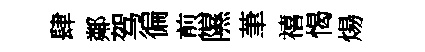
肆鄰驾徧煎隰茟禧愒煬